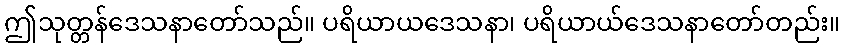
ဤသုတ္တန်ဒေသနာတော်သည်။ ပရိယာယဒေသနာ၊ ပရိယာယ်ဒေသနာတော်တည်း။